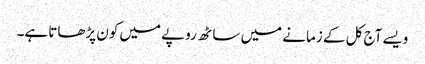
ویسے آج کل کے زمانے میں ساٹھ روپے میں کون پڑھاتا ہے۔